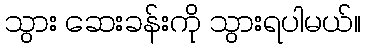
သွား ဆေးခန်းကို သွားရပါမယ်။